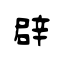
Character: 辟